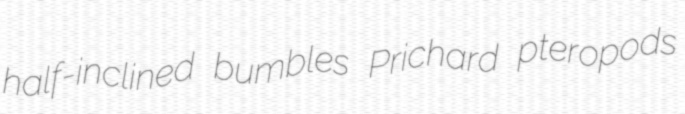
half-inclined bumbles Prichard pteropods